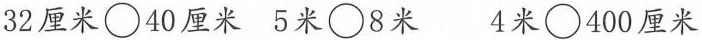
32厘米 \bigcirc 40厘米 5米 \bigcirc 8米 4米 \bigcirc 400厘米